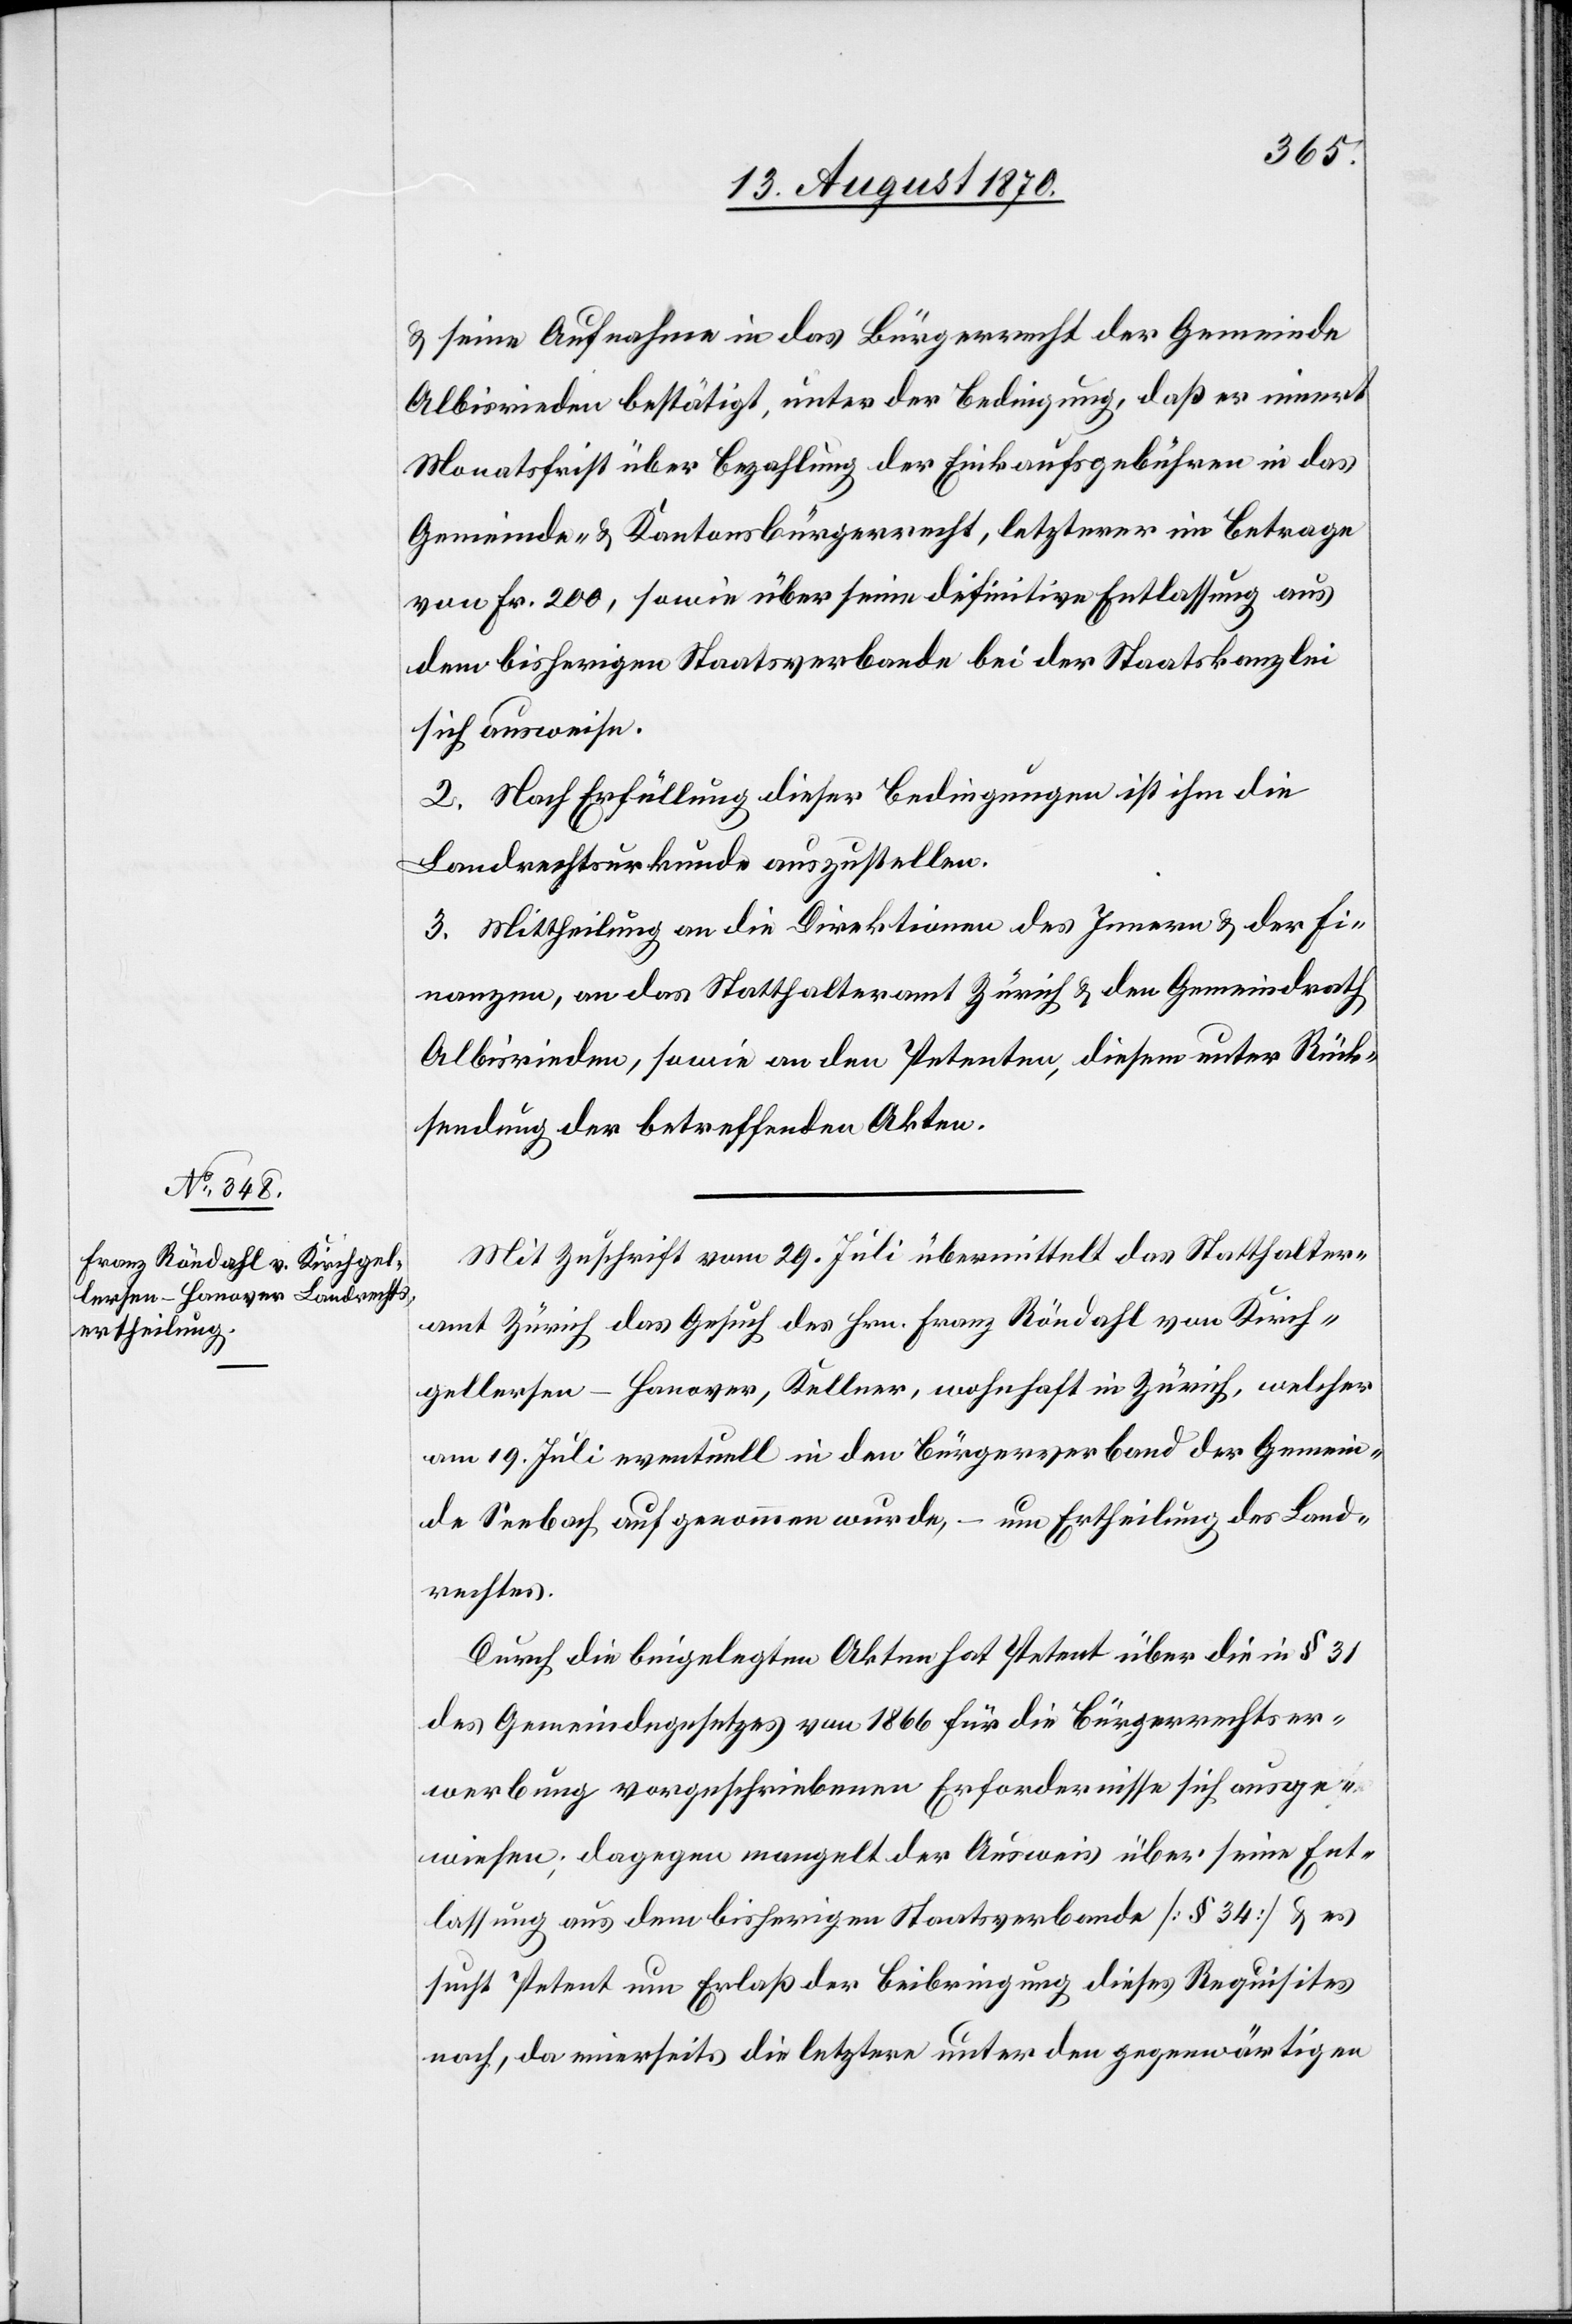
& seine Aufnahme in das Bürgerrecht der Gemeinde
Albisrieden bestätigt, unter der Bedingung, daß er innert
Monatsfrist über Bezahlung der Einkaufsgebühren in das
Gemeinde- & Kantonsbürgerrecht, letzterer [sic!] im Betrage
von Fr. 200, sowie über seine definitive Entlassung aus
dem bisherigen Staatsverbande bei der Staatskanzlei
sich ausweise.
2. Nach Erfüllung dieser Bedingungen ist ihm die
Landrechtsurkunde auszustellen.
3. Mittheilung an die Direktionen des Innern & der Fi¬
nanzen, an das Statthalteramt Zürich & den Gemeindrath
Albisrieden, sowie an den Petenten, diesem unter Rück¬
sendung der betreffenden Akten.